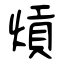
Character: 熕